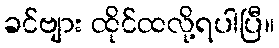
ခင်ဗျား ထိုင်ထလို့ရပါပြီ။